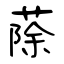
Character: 蒢